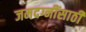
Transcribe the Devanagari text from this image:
जमदग्नींसाठी